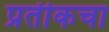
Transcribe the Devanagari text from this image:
प्रतीकचा